Lunatic asylums United Provinces 1909-1921 - 1909-1921
Year: 1909
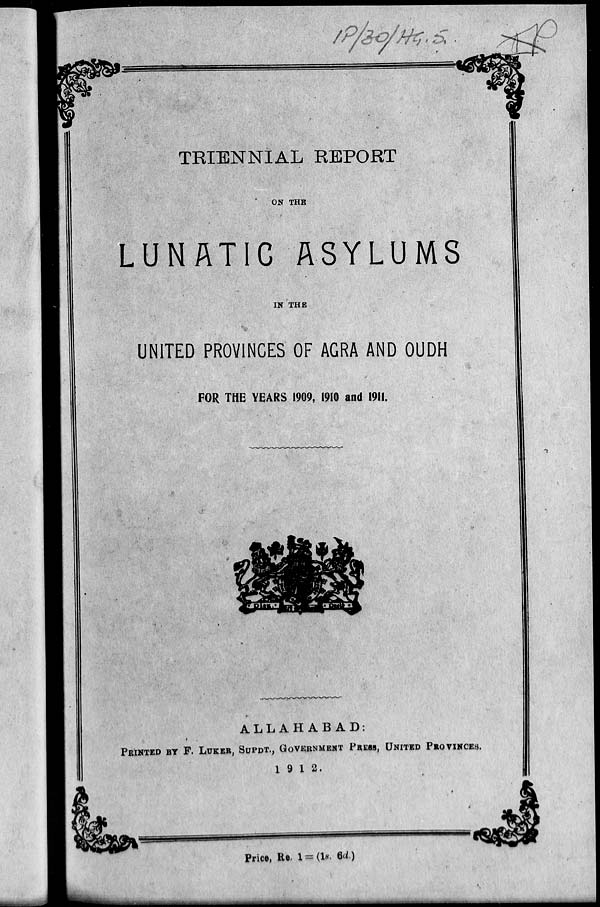
TRIENNIAL REPORT
ON THE
LUNATIC ASYLUMS
IN THE
UNITED PROVINCES OF AGRA AND OUDH
FOR THE YEARS 1909, 1910 and 1911.
ALLAHABAD:
PRINTED BY F. LUKER, SUPDT., GOVERNMENT PRESS, UNITED PROVINCES.
1912.
Price, Re. 1 = (1s. 6d.)